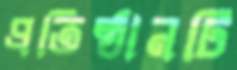
প্রতিষ্ঠানটি